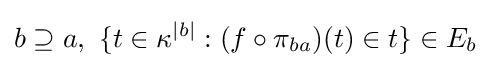
b\supseteq a,\ \{t\in \kappa ^{|b|}:(f\circ \pi _{ba})(t)\in t\}\in E_{b}